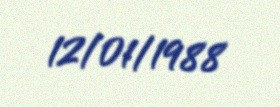
12/01/1988